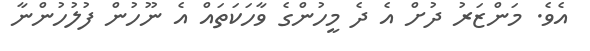
އެވެ. މަންޒަރު ދުށް އެ ދެ މީހުންގެ ވާހަކަތައް އެ ނޫހުން ފުލުހުންނާ